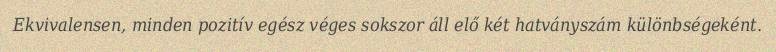
Ekvivalensen, minden pozitív egész véges sokszor áll elő két hatványszám különbségeként.